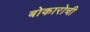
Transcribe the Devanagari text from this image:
बोकारोची